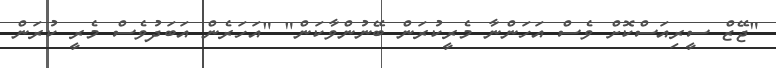
"ޖޭޒް ސީރިއަސްކޮށް ވެސް އަހަންނާ މެރީކުރަން ބޭނުންވާކަން" "އަހަރެން އަބަދުވެސް މެރީ ކުރަން